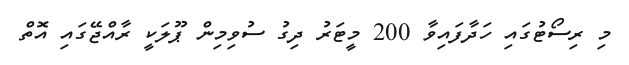
މި ރިސޯޓުގައި ހަދާފައިވާ 200 މީޓަރު ދިގު ސުވިމިން ޕޫލަކީ ރާއްޖޭގައި އޮތް